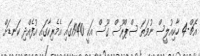
އެޗް-4 ހާކިއުލީސް ނުވަތަ ސްޕްރޫސް ގޫސް އަކީ 1940ގައި އެމެރިކާގައި އުފެއްދި ކަނޑަށް